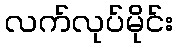
လက်လုပ်မိုင်း